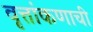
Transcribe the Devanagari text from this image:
वृत्तांकणाची